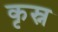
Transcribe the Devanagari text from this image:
कृस्न